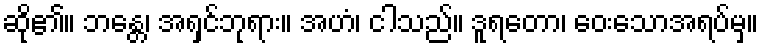
ဆို၏။ ဘန္တေ၊ အရှင်ဘုရား။ အဟံ၊ ငါသည်။ ဒူရတော၊ ဝေးသောအရပ်မှ။